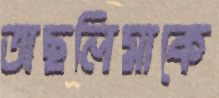
তাছলিমাকে